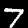
Digit: 7